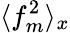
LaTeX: \langle f_{m}^{2}\rangle_{x}